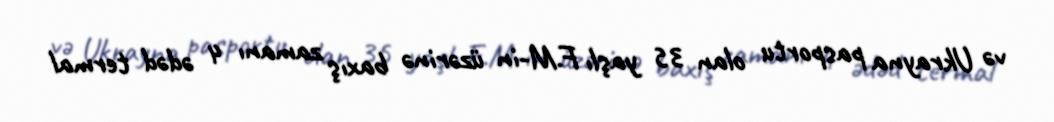
və Ukrayna pasportu olan 35 yaşlı F.M-in üzərinə baxış zamanı 4 ədəd termal